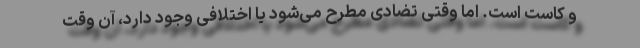
و کاست است. اما وقتی تضادی مطرح می‌شود یا اختلافی وجود دارد، آن وقت